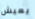
يعيش